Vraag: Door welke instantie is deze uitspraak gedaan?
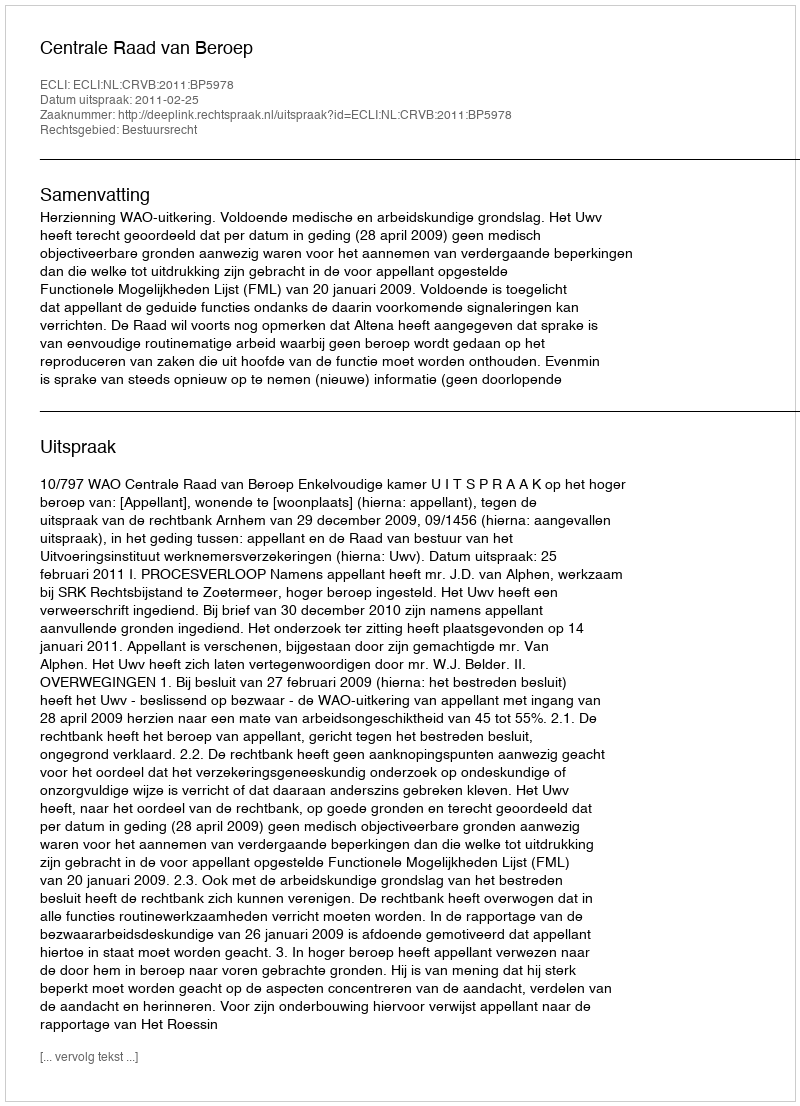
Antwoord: Centrale Raad van Beroep